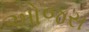
ઓજસ